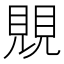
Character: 覞